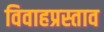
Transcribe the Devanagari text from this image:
विवाहप्रस्ताव